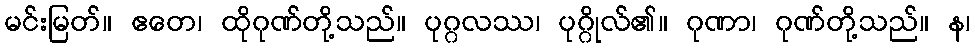
မင်းမြတ်။ ဧတေ၊ ထိုဂုဏ်တို့သည်။ ပုဂ္ဂလဿ၊ ပုဂ္ဂိုလ်၏။ ဂုဏာ၊ ဂုဏ်တို့သည်။ န၊